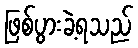
ဖြစ်ပွားခဲ့ရသည်